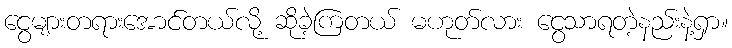
ငွေများတရားအောင်တယ်လို့ ဆိုခဲ့ကြတယ် မဟုတ်လား ငွေသာရတဲ့နည်းနဲ့ရှာ။